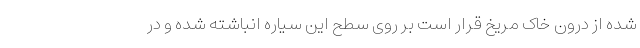
شده از درون خاک مریخ قرار است بر روی سطح این سیاره انباشته شده و در